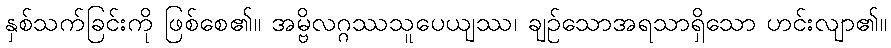
နှစ်သက်ခြင်းကို ဖြစ်စေ၏။ အမ္ဗိလဂ္ဂဿသူပေယျဿ၊ ချဉ်သောအရသာရှိသော ဟင်းလျာ၏။